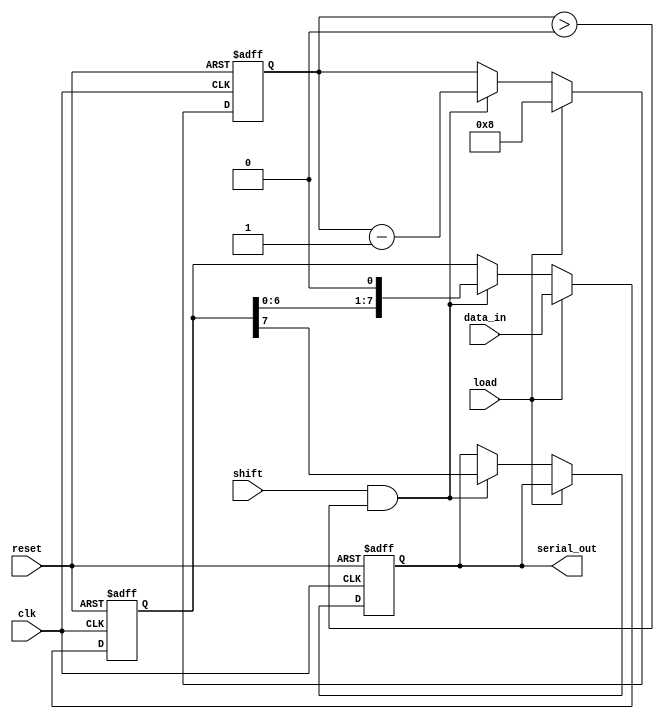
module PISO_Register #(
    parameter N = 8,          // Configurable width of the register
    parameter MSB_FIRST = 1   // Configurable bit order (1 for MSB first, 0 for LSB first)
)(
    input wire clk,           // Clock signal
    input wire reset,         // Asynchronous reset signal
    input wire load,          // Load control signal
    input wire shift,         // Shift control signal
    input wire [N-1:0] data_in, // Parallel input data
    output reg serial_out     // Serial output
);

    reg [N-1:0] shift_reg;    // Internal shift register
    reg [3:0] count;          // Counter to track the number of bits shifted out

    // Asynchronous reset and loading data
    always @(posedge clk or posedge reset) begin
        if (reset) begin
            shift_reg <= {N{1'b0}}; // Clear the register
            serial_out <= 1'b0;     // Clear the serial output
            count <= 0;             // Reset the counter
        end else if (load) begin
            shift_reg <= data_in;   // Load parallel data into the register
            count <= N;             // Set count to the width of the register
        end else if (shift && count > 0) begin
            // Shift out the data
            if (MSB_FIRST) begin
                serial_out <= shift_reg[N-1]; // Output MSB first
                shift_reg <= {shift_reg[N-2:0], 1'b0}; // Shift left
            end else begin
                serial_out <= shift_reg[0]; // Output LSB first
                shift_reg <= {1'b0, shift_reg[N-1:1]}; // Shift right
            end
            count <= count - 1; // Decrement the count
        end
    end

endmodule